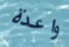
واعدة